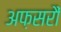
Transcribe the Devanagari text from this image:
अफ़सरौं